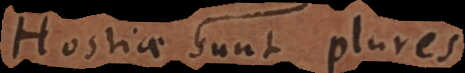
Hostiae sunt plures